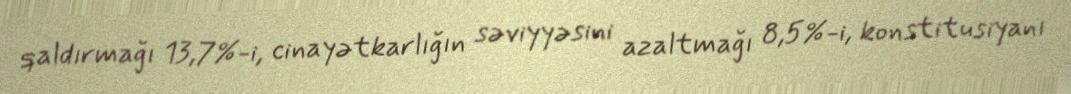
qaldırmağı 13,7%-i, cinayətkarlığın səviyyəsini azaltmağı 8,5%-i, konstitusiyanı